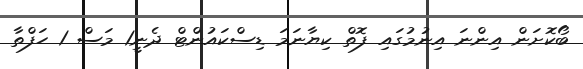
ބޯކޮށަން އިންނަ އިނުމުގައި ފޮތް ކިޔާނަމަ ޑިސްކައުންޓް ދެނީ1 މަސް 1 ހަފްތާ